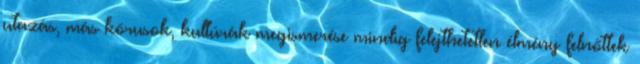
utazás, más kórusok, kultúrák megismerése mindig felejthetetlen élmény felnőttek